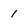
Character: 1